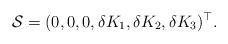
LaTeX: \begin{align*}\mathcal S=(0,0,0,\delta K_1,\delta K_2, \delta K_3)^\top.\end{align*}